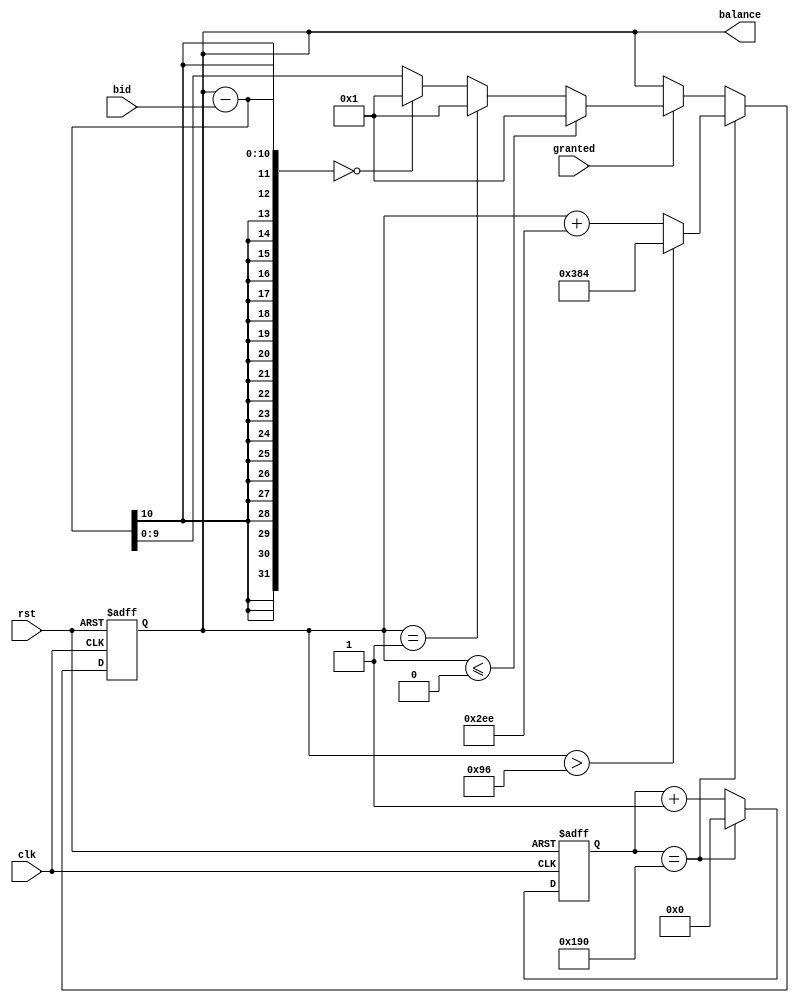
//======================================================================
//
// bank.v
// ---------
//
//======================================================================

module bank (   
			// General signals
				input 				clk,
				input 				rst,
			// Slave banking signals				
                input 		[3:0] 	bid,
                input 				granted,
                output reg 	[9:0] 	balance
            );

  //--------------------------
  // Register declarations.
  //--------------------------
  reg [9:0] banker; 

  //--------------------------
  // banking_logic
  //
  // logic for banking system
  //--------------------------
  always@(negedge clk, posedge rst)
    begin : banking_logic    
        if (rst)
            begin
                balance = 750;  
                banker <= 'b0;                
            end
        else
            begin
                banker <= (banker == 400) ? 'b0 : (banker +1);           	// free running banker resets automatically  every 400 banks  
                if (banker == 400) 
					balance = (balance > 150) ? 900 : (balance + 750);       // saturating counter adds leftover balance 
                else
                    if (granted)    if (balance <= 0) balance = 1; 
									else balance = (balance == 1)? 1: (((balance - bid) == 0) ?  1 : (balance - bid));      // reduces bid amount to maintain bank balance 
                    else balance = balance;          
            end
	end // banking_logic

endmodule // bank
 
//======================================================================
// EOF bank.v
//======================================================================